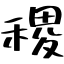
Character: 稷